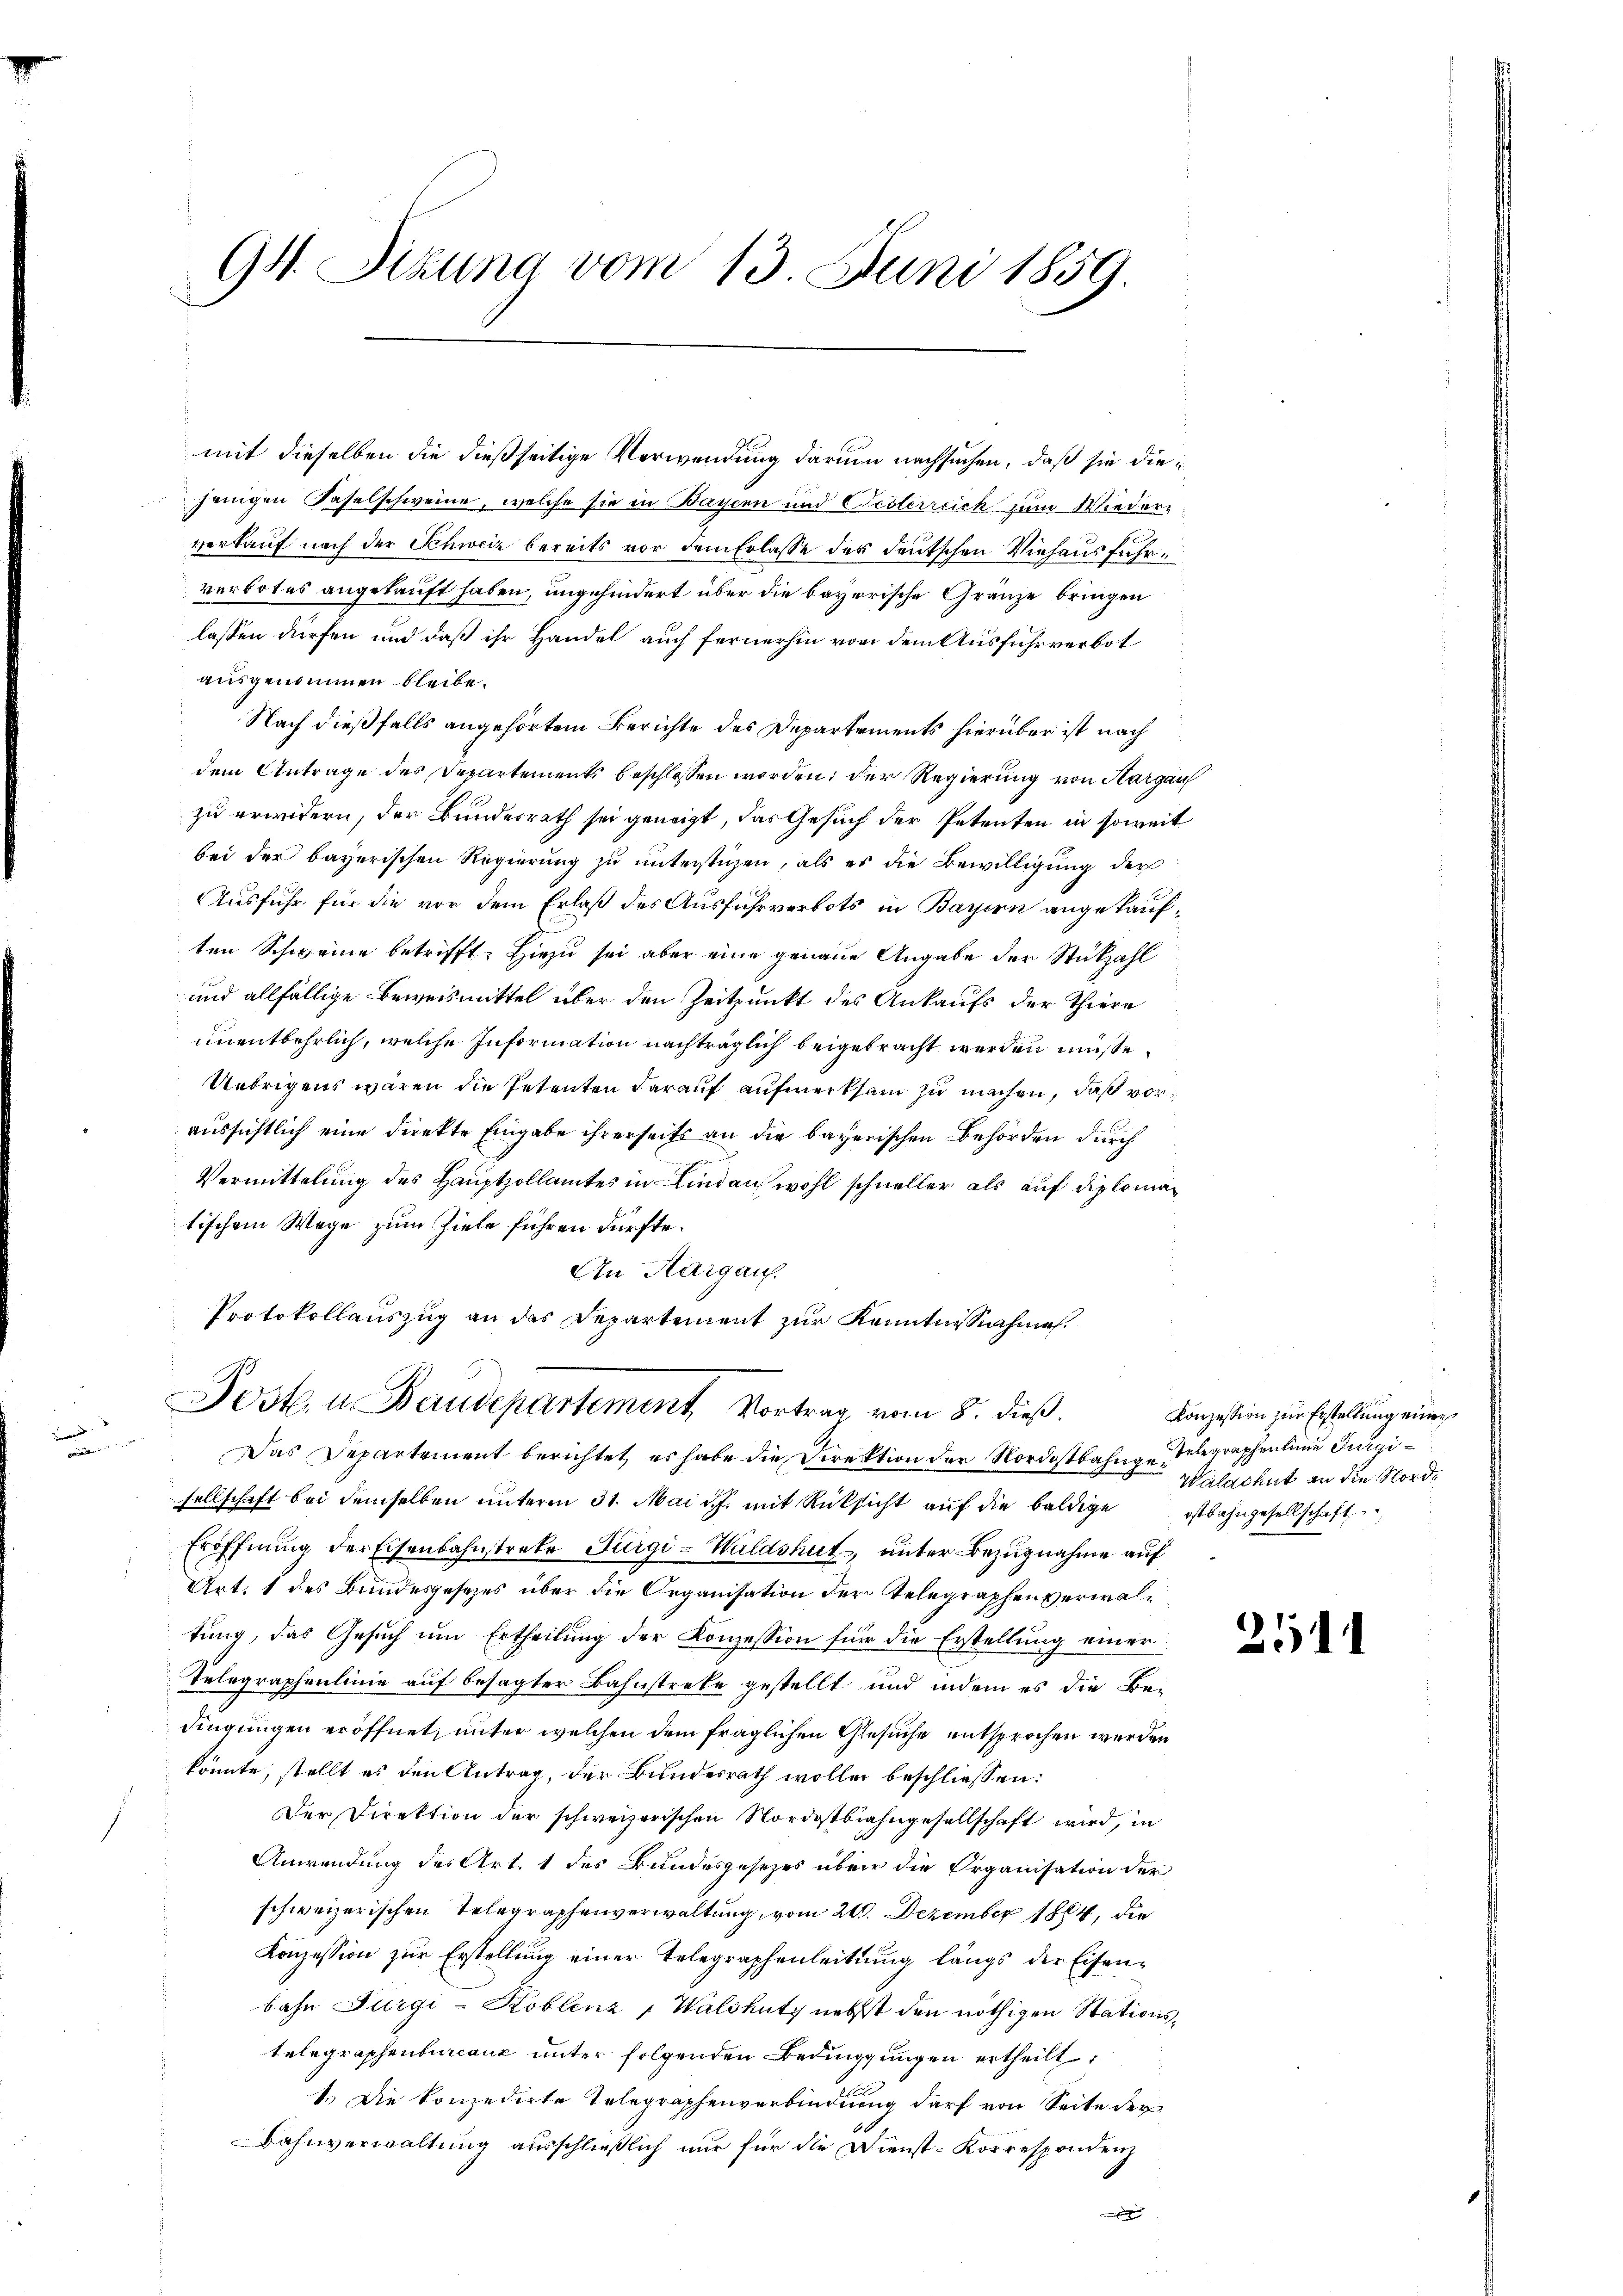
94. Sizung vom 13. Juni 1859.

mit dieselben die dießseitige Verwendung darum nachsuchen, daß sie diejenigen Faselschweine, welche sie in Bayern und Seiterreich zum Wieder-
verkauf nach der Schweiz bereits vor dem Erlasse des deutschen Viehaus fahrverbotes angekauft haben, ungehindert über die bayerische Gränze bringen
lassen dürfen und daß ihr Handel auch fernerhin von dem Ausführ verbot
ausgenommen bleibe.
Nach dießfalls angehörtem Berichte des Departements hierüber ist nach
dem Antrage des Departements beschlossen worden; der Regierung von Aargau
zu erwidern, der Bundesrath sei geneigt, das Gesuch der Petenten in soweit
bei der bayerischen Regierung zu unterstüzen, als er die Bewilligung der
Ausfuhr für die vor dem Erlaß des Ausfuhrverbots in Bayern angekauften Schweine betrifft. Hiezu sei aber eine genaue Angabe der Stükzahl
und allfällige Beweismittel über den Zeitpunkt des Ankaufs der Thiere
unentbehrlich, welche Information nachträglich beigebracht werden müsse.
Uebrigens wären die Petenten darauf aufmerksam zu machen, daß voraussichtlich eine direkte Eingabe ihrerseits an die bayerischen Behörden durch
Vermittelung des Hauptzollamtes in Lindau wohl schneller als auf diplomatischem Wege zum Ziele führen dürfte.
An Margaus.
Protokollauszug an das Departement zur Kenntnissnahme

i

Post. u. Baudepartement Vortrag vom 8. dieß.

Das Departement berichtet, es habe die Direktion der Nordostbahnge Telegraphenlinie Ineisellschaft bei demselben unterm 31. Mai d. J. mit Rüksicht auf die baldige ostbahngesellschaft
Eröffnung der Eisenbahnstreke Furgi-Waldshut, unter Bezugnahme auf
Art. 1 des Bundesgesetzes über die Organisation der Telegraphen verwaltŭng, das Gesŭch ŭm Ertheilŭng der Konzession für die Erstellŭng einer
Selographenlinie auf besagter Bahnstreke gestellt und indem es die Bedingungen eröffnet, unter welchen dem fraglichen Gesuche entsprochen werden
könnte, stellt es den Antrag, der Bundesrath wolle beschliessen:
Der Direktion der schweizerischen Nordostbahngesellschaft wird, in
Anwendung des Art. 1 des Bundesgesezes über die Organisation der
schweizerischen Telegraphenverwaltung, vom 24. Dezember 1884, die
Konzession zur Erstellung einer Telegraphenleitung längs der Eisen-
bahn Furgi-Koblenz, Waldhutz nebst den nöthigen Stationstelegraphenburcanz unter folgenden Bedingungen ertheilt,
1.) Die konzedirte Telegraphenverbindung darf von Seite der
Bahnverwaltung ausschließlich nur für die Dienst-Korrespondenz
ugung

Konzession zur Erstellung einer
Waldshut an die Norde

211